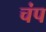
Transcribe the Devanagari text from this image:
चंप